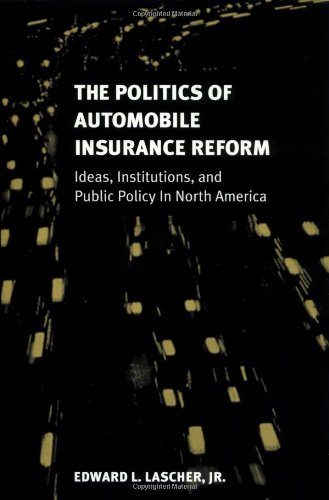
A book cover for The Politics of Automobile Insurance Reform: Ideas, Institutions, and Public Policy in North America (American Government and Public Policy); Edward Lascher Jr.; Engineering & Transportation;